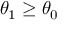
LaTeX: \theta _ { 1 } \geq \theta _ { 0 }